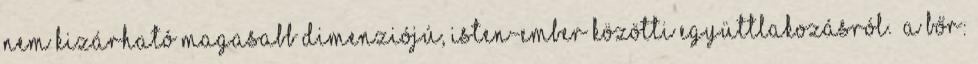
nem kizárható magasabb dimenziójú, Isten-ember közötti együttlakozásról. „A bőr: